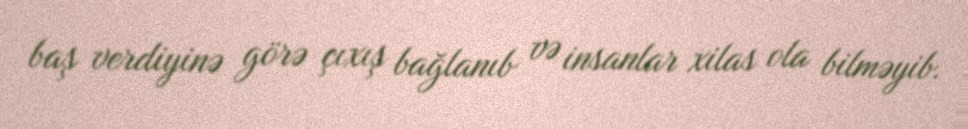
baş verdiyinə görə çıxış bağlanıb və insanlar xilas ola bilməyib.